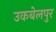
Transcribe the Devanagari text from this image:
उकबेलपुर